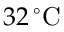
3 2 \, ^ { \circ } \mathrm { C }